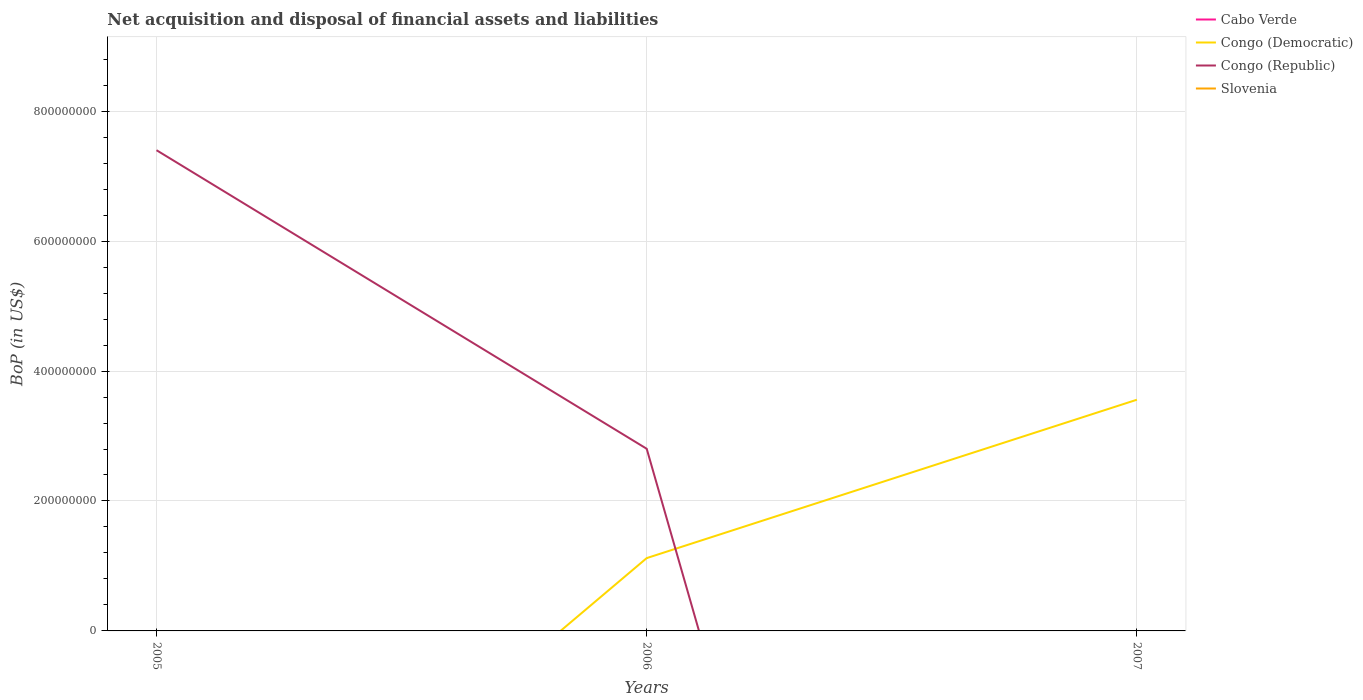
| Years | Cabo Verde | Congo (Democratic) | Congo (Republic) | Slovenia |
 | --- | --- | --- | --- | --- |
 | 2005 | -1.89e+07 | -5.25e+08 | 7.4e+08 | -6.51e+08 |
 | 2006 | -7.45e+07 | 1.12e+08 | 2.8e+08 | -1.56e+09 |
 | 2007 | -1.71e+08 | 3.56e+08 | -2.35e+09 | -2.76e+09 |